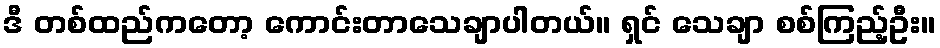
ဒီ တစ်ထည်ကတော့ ကောင်းတာသေချာပါတယ်။ ရှင် သေချာ စစ်ကြည့်ဦး။